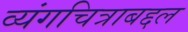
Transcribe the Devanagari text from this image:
व्यंगचित्राबद्दल